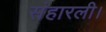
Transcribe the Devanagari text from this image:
संहारली।